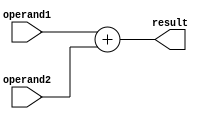
module triple_precision_addition (
    input wire [65:0] operand1,
    input wire [65:0] operand2,
    output reg [65:0] result
);

always @(*) begin
    result = operand1 + operand2;
end

endmodule